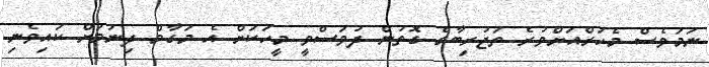
ނަމަވެސް މެހަރްއަށްވުރެ ތަޖުރިބާގެ ގޮތުން ދުވަސްވީ މީހަކަށް އެ މަގާމް ދިނުމަށް ކައިވެނި